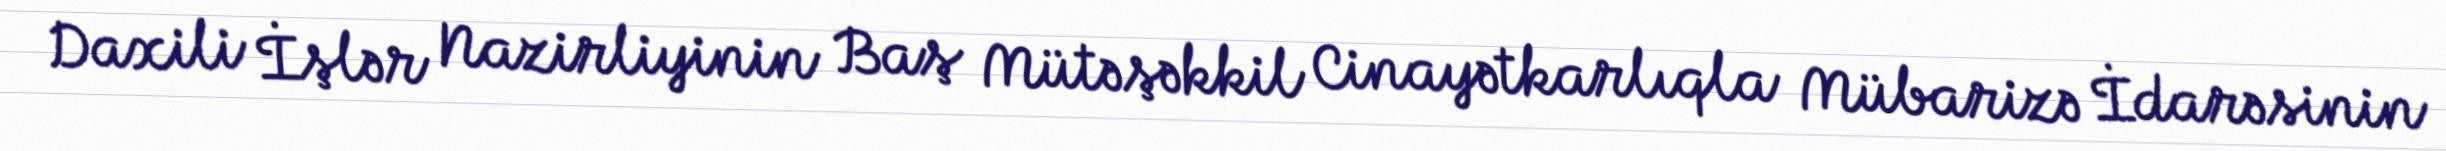
Daxili İşlər Nazirliyinin Baş Mütəşəkkil Cinayətkarlıqla Mübarizə İdarəsinin